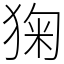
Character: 㹼